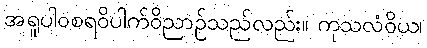
အရူပါဝစရဝိပါက်ဝိညာဉ်သည်လည်း။ ကုသလံဝိယ၊